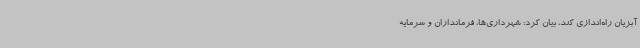
آبزیان راه‌اندازی کند، بیان کرد: شهرداری‌ها، فرمانداران و سرمایه‌